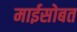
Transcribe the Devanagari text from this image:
माईसोबत